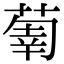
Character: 𦵳